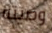
وصيته